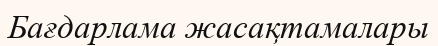
Бағдарлама жасақтамалары